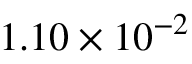
1 . 1 0 \times 1 0 ^ { - 2 }